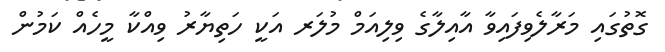
ގޮތުގައި މަރާލެވިފައިވާ އާއިލާގެ ވިލިއަމް މުލަރ އަކީ ހަތިޔާރު ވިއްކާ މީހެއް ކަމުން